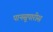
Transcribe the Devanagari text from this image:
पानसुपारीस